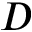
D